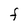
Character: F